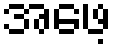
အဖေ့